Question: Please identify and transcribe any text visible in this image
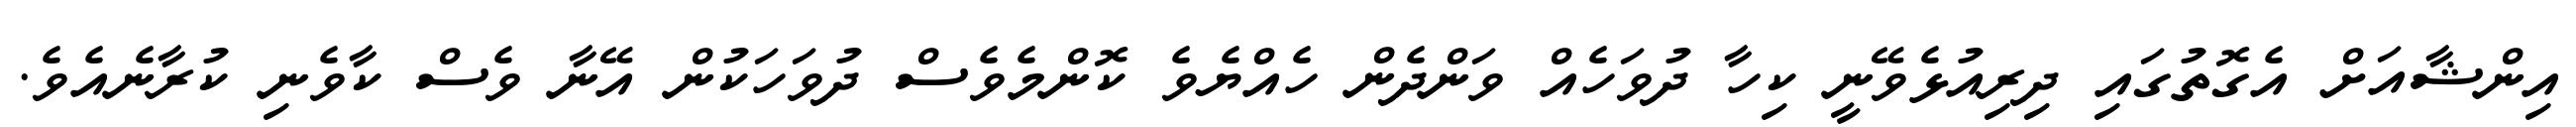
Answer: އިންޝާއަށް އެގޮތުގައި ދިރިއުޅެވޭނީ ކިހާ ދުވަހެއް ވަންދެން ހެއްޔެވެ ކޮންމެވެސް ދުވަހަކުން އޭނާ ވެސް ކާވެނި ކުރާނެއެވެ.